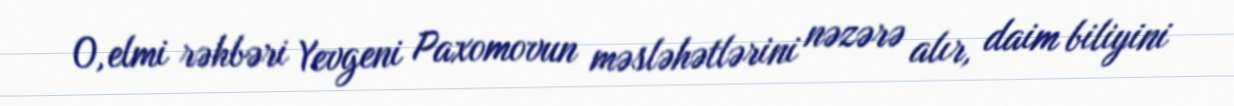
O, elmi rəhbəri Yevgeni Paxomovun məsləhətlərini nəzərə alır, daim biliyini